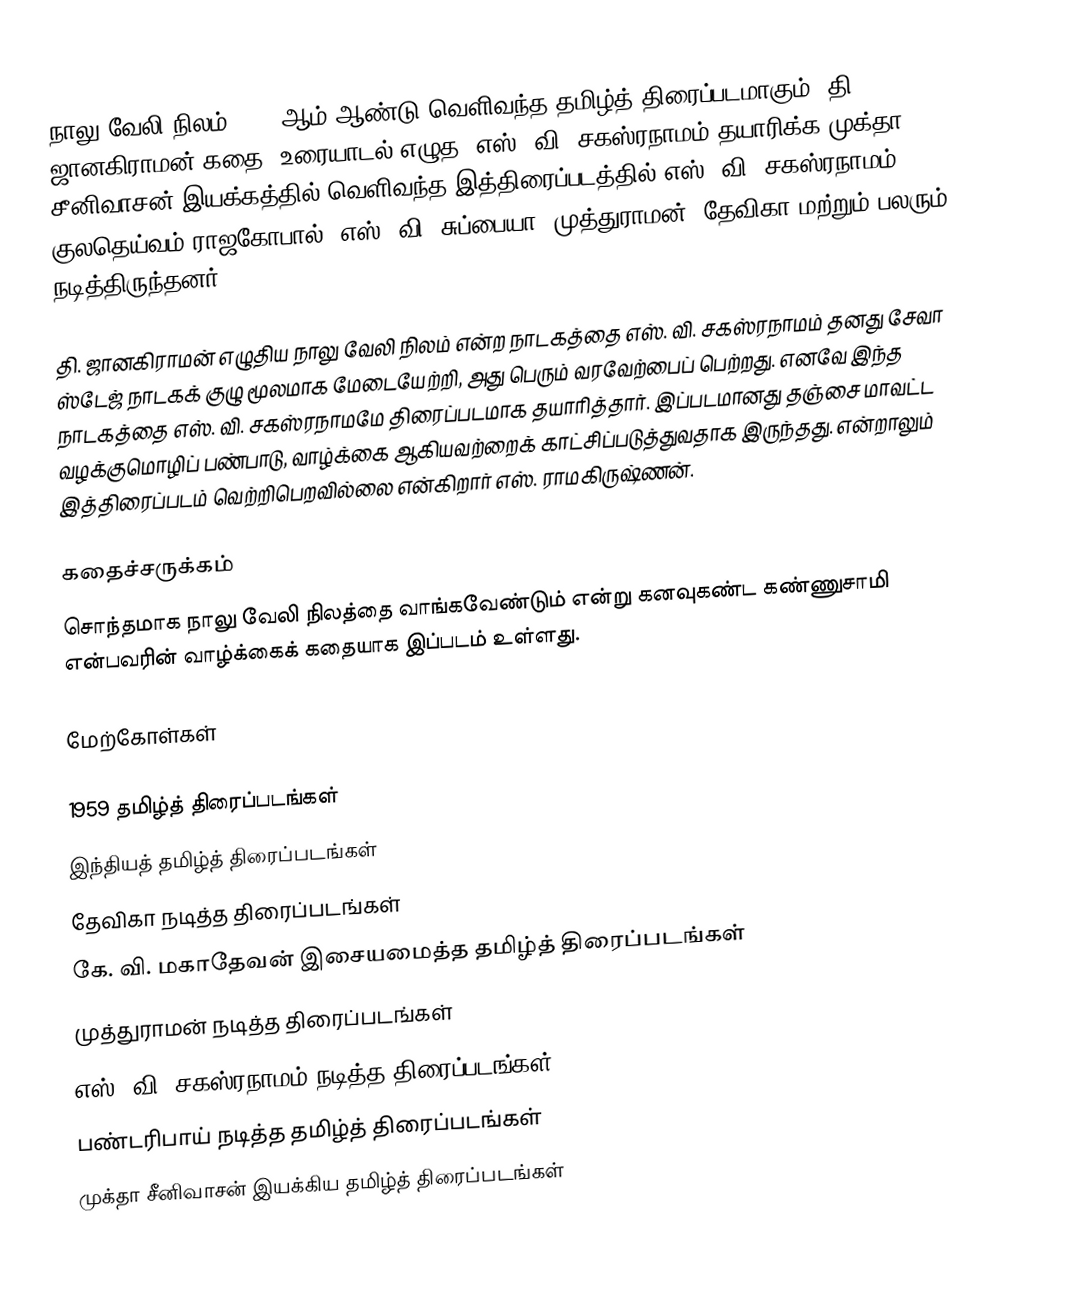
நாலு வேலி நிலம் 1959 ஆம் ஆண்டு வெளிவந்த தமிழ்த் திரைப்படமாகும். தி. ஜானகிராமன் கதை, உரையாடல் எழுத, எஸ். வி. சகஸ்ரநாமம் தயாரிக்க  முக்தா சீனிவாசன் இயக்கத்தில் வெளிவந்த இத்திரைப்படத்தில் எஸ். வி. சகஸ்ரநாமம், குலதெய்வம் ராஜகோபால், எஸ். வி. சுப்பையா, முத்துராமன், தேவிகா மற்றும் பலரும் நடித்திருந்தனர்.

தி. ஜானகிராமன்  எழுதிய நாலு வேலி நிலம் என்ற நாடகத்தை எஸ். வி. சகஸ்ரநாமம் தனது சேவா ஸ்டேஜ் நாடகக் குழு மூலமாக மேடையேற்றி, அது பெரும் வரவேற்பைப் பெற்றது. எனவே இந்த நாடகத்தை  எஸ். வி. சகஸ்ரநாமமே திரைப்படமாக தயாரித்தார். இப்படமானது தஞ்சை மாவட்ட வழக்குமொழிப் பண்பாடு, வாழ்க்கை ஆகியவற்றைக் காட்சிப்படுத்துவதாக இருந்தது. என்றாலும் இத்திரைப்படம் வெற்றிபெறவில்லை என்கிறார் எஸ். ராமகிருஷ்ணன்.

கதைச்சருக்கம்
சொந்தமாக நாலு வேலி நிலத்தை வாங்கவேண்டும் என்று கனவுகண்ட கண்ணுசாமி என்பவரின் வாழ்க்கைக் கதையாக இப்படம் உள்ளது.

மேற்கோள்கள்

1959 தமிழ்த் திரைப்படங்கள்
இந்தியத் தமிழ்த் திரைப்படங்கள்
தேவிகா நடித்த திரைப்படங்கள்
கே. வி. மகாதேவன் இசையமைத்த தமிழ்த் திரைப்படங்கள்
முத்துராமன் நடித்த திரைப்படங்கள்
எஸ். வி. சகஸ்ரநாமம் நடித்த திரைப்படங்கள்
பண்டரிபாய் நடித்த தமிழ்த் திரைப்படங்கள்
முக்தா சீனிவாசன் இயக்கிய தமிழ்த் திரைப்படங்கள்